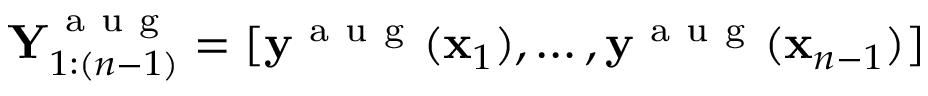
\mathbf { Y } _ { 1 : ( n - 1 ) } ^ { \mathrm { ~ a ~ u ~ g ~ } } = [ \mathbf { y } ^ { \mathrm { ~ a ~ u ~ g ~ } } ( \mathbf { x } _ { 1 } ) , \dots , \mathbf { y } ^ { \mathrm { ~ a ~ u ~ g ~ } } ( \mathbf { x } _ { n - 1 } ) ]